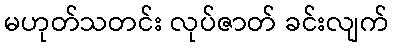
မဟုတ်သတင်း လုပ်ဇာတ် ခင်းလျက်